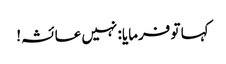
کہا تو فرمایا: نہیں عائشہ!